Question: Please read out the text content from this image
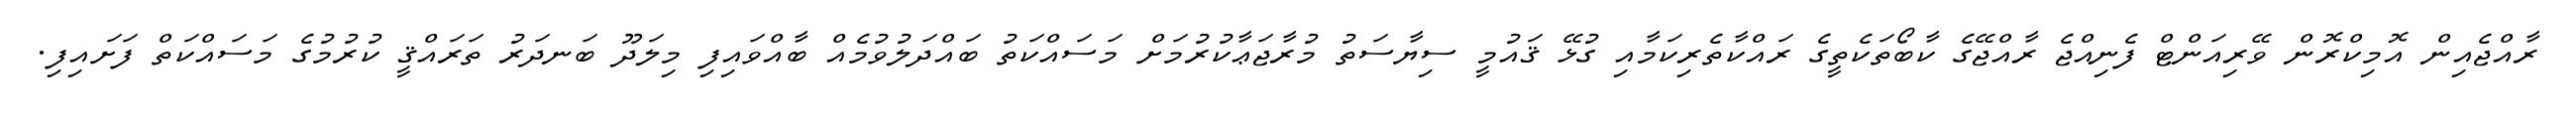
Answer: ރާއްޖެއިން އޮމިކްރޮން ވޭރިއަންޓް ފެނިއްޖެ ރާއްޖޭގެ ކާބޯތަކެތީގެ ރައްކާތެރިކަމާއި ގުޅޭ ޤައުމީ ސިޔާސަތު މުރާޖަޢާކުރުމަށް މަސައްކަތު ބައްދަލުވުމެއް ބާއްވައިފި މިލަދޫ ބަނދަރު ތަރައްޤީ ކުރުމުގެ މަސައްކަތް ފަށައިފި.